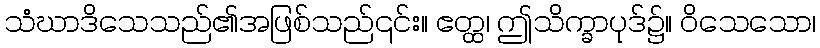
သံဃာဒိသေသည်၏အဖြစ်သည်၎င်း။ ဧတ္ထ၊ ဤသိက္ခာပုဒ်၌။ ဝိသေသော၊